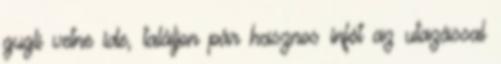
gugli vetne ide, találjon pár hasznos infót az utazással